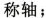
称轴；